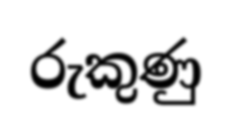
රුකුණු